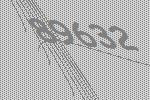
89632